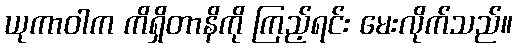
ယုကာဝါက ကိရှိတာနိကို ကြည့်ရင်း မေးလိုက်သည်။